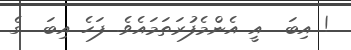
! އިބަ  އީ އެންމެފުރަތަމައެވެ. ފަހެ އިބަ  ގެ